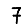
Digit: 7